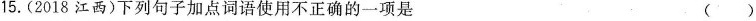
15.(2018江西)下列句子加点词语使用不正确的一项是 ()